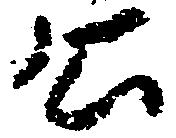
公